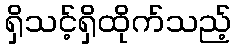
ရှိသင့်ရှိထိုက်သည့်